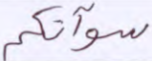
سوآتكم